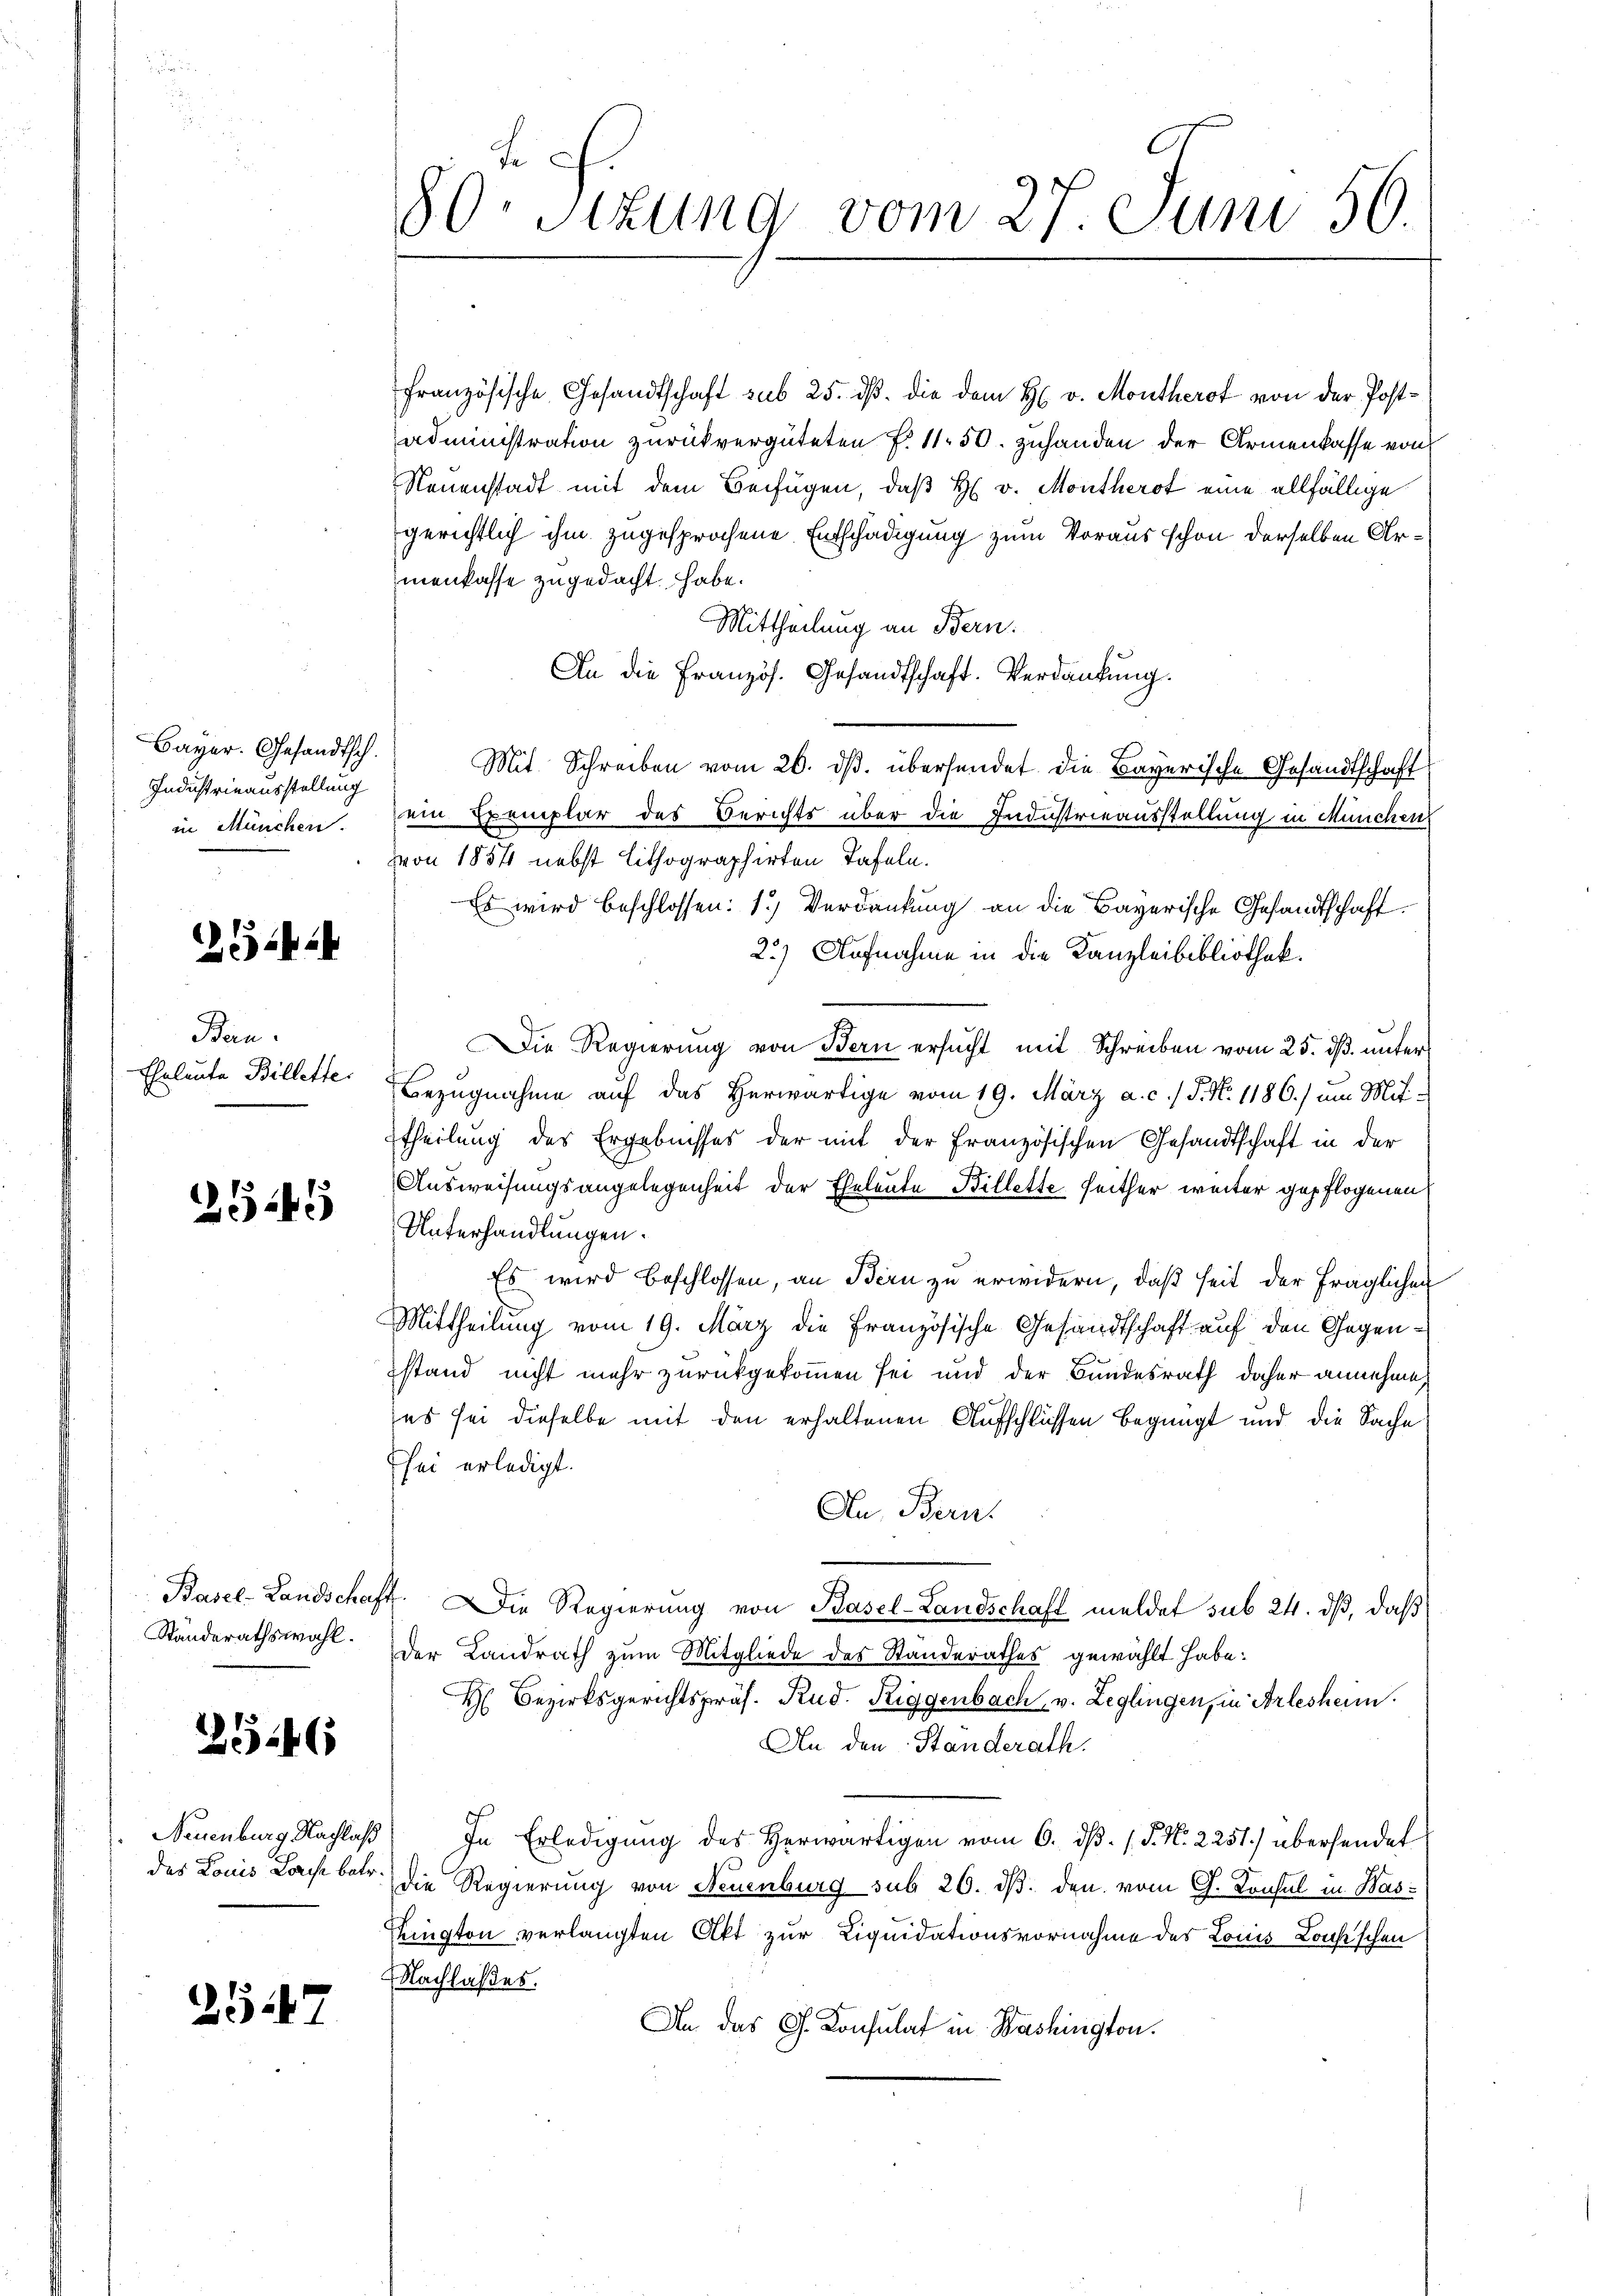
Bayer. Gesandtsch.
Industrieausstellung
in München.

242

Bern.
Eheleute Billette.

2545

Basel-Landschaft
Standerathswahl.

2546

Neuenburg Nachlaß
des Konis Loche betr.

2547

80. Sizung vom 27. Juni 56.

französische Gesandtschaft sub 25. dß. die dem H. v. Montherot von der Postadministration zurückvergüteten f. 11. 50. zuhanden der Armenkasse von
Neuenstadt mit dem Beifügen, daß H. v. Montherot eine allfällige
gerichtlich ihm zugesprochene Entschädigung zum Voraus schon derselben Armenkasse zugedacht habe.
Mittheilung an Bern.
An die Französ. Gesandtschaft. Verdankung.
Mit Schreiben vom 26. ds. übersendet die Bayerische Gesandtschaft
ein Exemplar des Berichts über die Industrieausstellung in München
von 1854 nebst lithographirten Tafeln.
Es wird beschlossen: 1.) Verdankung an die Bayerische Gesandtschaft.
2.) Aufnahme in die Kanzleibibliothek.
Die Regierung von Bern ersucht mit Schreiben vom 25. dß. unter
Bezugnahme aŭf das herwärtige vom 19. März a. c. J. N. 1186.) um Mit-
ttheilung des Ergebnisses der mit der Französischen Gesandtschaft in der
Ausweisungsangelegenheit der Eheleute Billette seither weiter gepflogenen
Unterhandlungen.
Es wird beschlossen, an Bern zu erwidern, daß seit der fraglichen
Mittheilung vom 19. März die Französische Gesandtschaft auf den Gegenstand nicht mehr zurückgekommen sei und der Bundesrath daher annehme.
es sei dieselbe mit den erhaltenen Aufschlüssen begnügt und die Sache
sei erledigt.
An Bern.
2. Die Regierung von Basel-Landschaft meldet sub 24. dß, daß
der Landrath zum Mitgliede des Standerathes gewählt habe:
H Bezirksgerichtspräs. Rud. Riggenbach, v. Leglingen, in Arlesheim.
An den Standerath.
In Erledigung des Herwärtigen vom 6. dβ. P. Nr. 2251) übersendet
die Regierung von Neuenburg sub 20. dβ. den vom G. Konsul in Bassington verlangten Akt zur Liquidationsvornahme des Louis Lonsischen
Nachlaßes.
An das G. Konsulat in Washington.